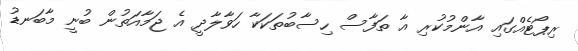
ރިޕޯޓެއްގައި އާންމުކުރި އާ ތަފާސް ހިސާބުތަކަކާ ހަވާލާދީ އެ ޖަމާއަތުން ބުނީ މާބަނޑު